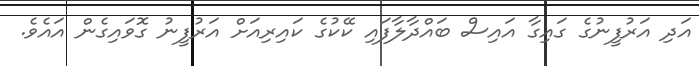
އަދި އަރުފީނުގެ ގައިގާ އައިސް ބައްދާލާފައި ކޭކުގެ ކައިރިއަށް އަރުފީނު ގޮވައިގެން އައެވެ.